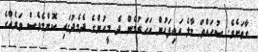
ގާތަށެވެ. ސުހައްތަ މާލެ އައިފަހުން އަހަރުމެން ދެ މީހުންގެ ދެމެދުގައި ކޮންމެވެސް ވަރެއްގެ